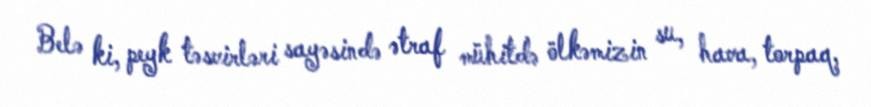
Belə ki, peyk təsvirləri sayəsində ətraf mühitdə ölkəmizin su, hava, torpaq,